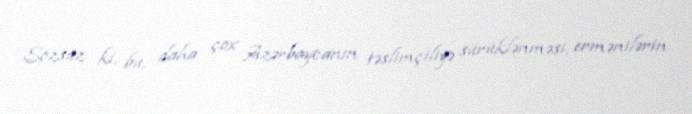
Sözsüz ki, bu, daha çox Azərbaycanın təslimçiliyə sürüklənməsi, ermənilərin